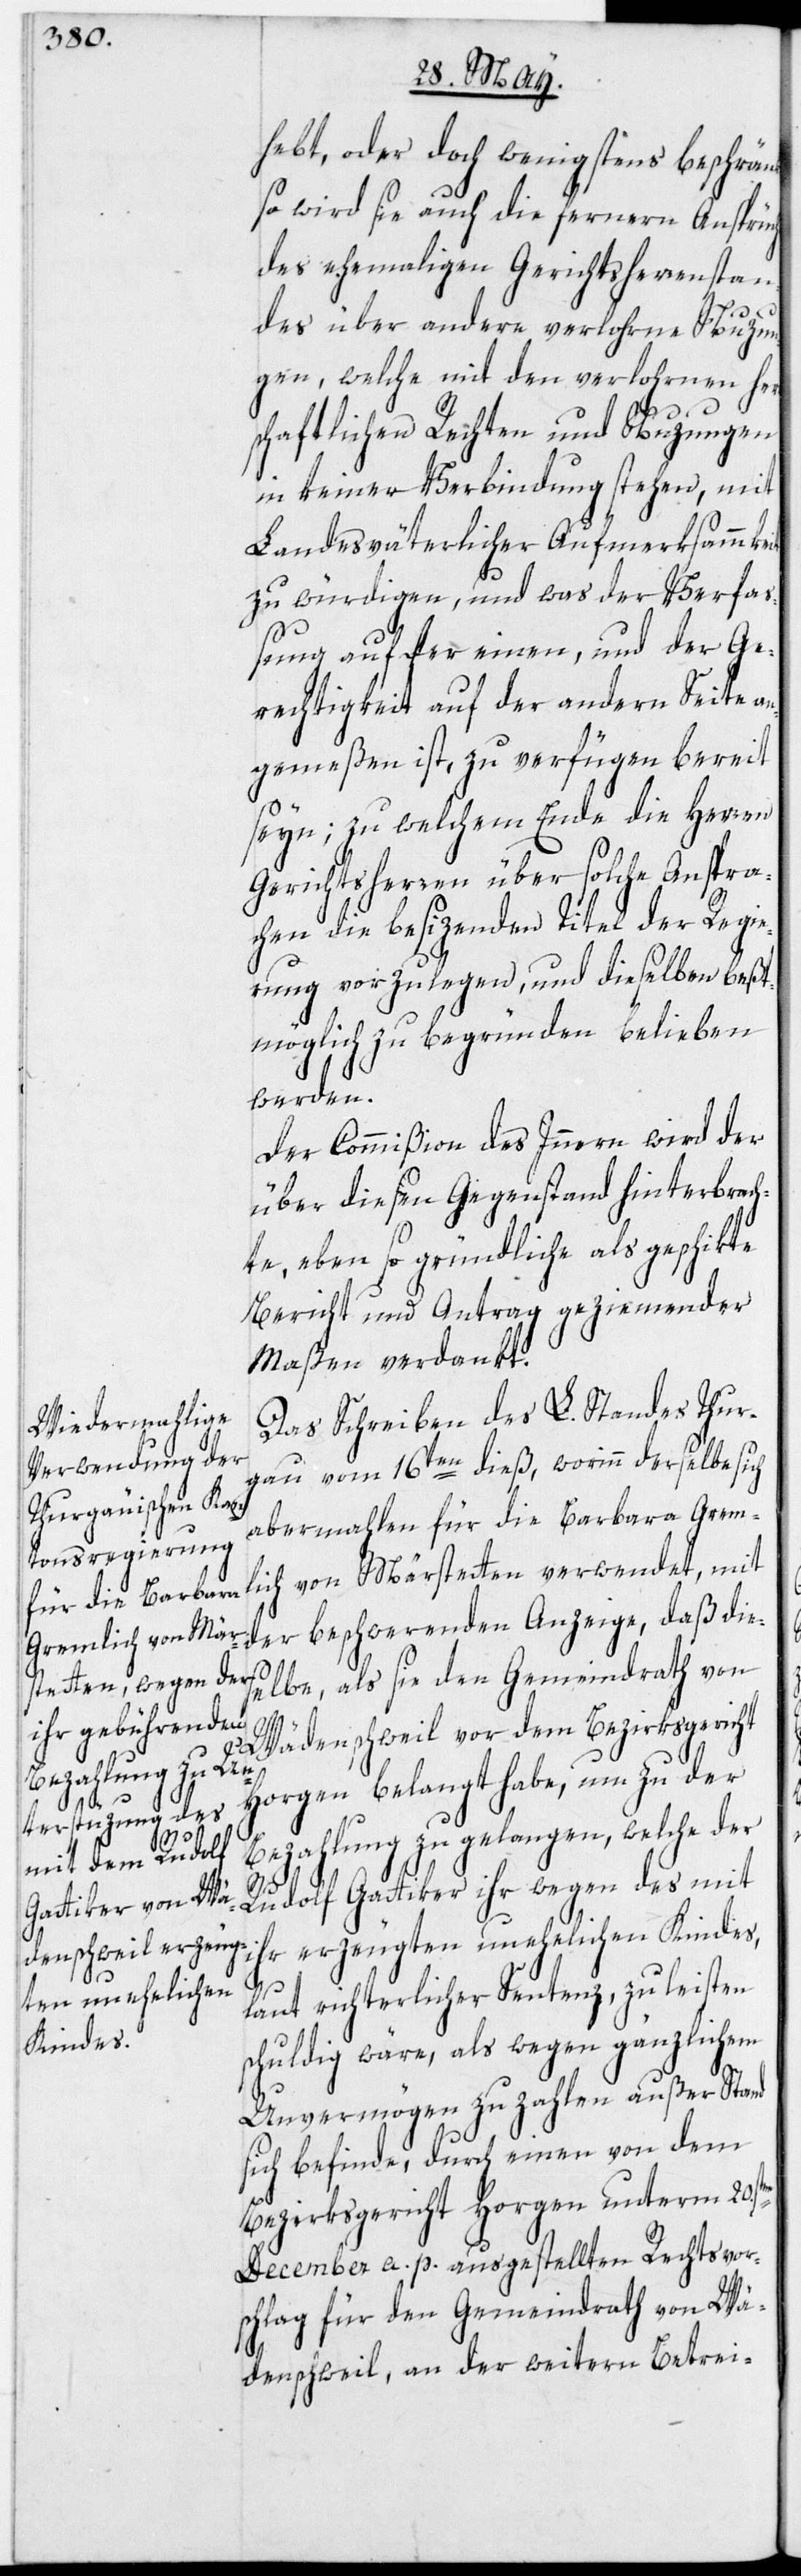
hebt, oder doch wenigstens beschrän¬
so wird sie auch die fernern Ansprüc¬
des ehemaligen Gerichtsherrenstan¬
des über andere verlohrne Nuzun¬
gen, welche mit den verlohrnen her¬
schaftlichen Rechten und Nuzungen
in keiner Verbindung stehen, mit
Landesväterlicher Aufmerksammkeit
zu würdigen, und was der Verfa¬
ßung auf der einen, und der Ge¬
rechtigkeit auf der andern Seite an¬
gemeßen ist, zu verfügen bereit
seyn; zu welchem Ende die Herren
Gerichtsherren über solche Anspra¬
chen die besizenden Titel der Regie¬
rung vorzulegen, und dieselben beßt¬
möglich zu begründen belieben
werden.
Der Commißion des Innern wird der
über diesen Gegenstand hinterbrach¬
te, eben so gründliche als geschikte
Bericht und Antrag geziemender
Maßen verdankt.
Das Schreiben des L. Standes Thur¬
gau vom 16ten dieß, worinn derselbe sich
abermahlen für die Barbara Grem¬
lich von Märstetten verwendet, mit
der beschwerenden Anzeige, daß die¬
selbe, als sie den Gemeindrath von
Wädenschweil vor dem Bezirksgericht
Horgen belangt habe, um zu der
Bezahlung zu gelangen, welche der
kt,
Rudolf Gattiker ihr wegen des mit
ihr erzeugten unehelichen Kindes,
en
laut richterlicher Sentenz, zu leisten
schuldig wäre, als wegen gänzlichem
Unvermögen zu zahlen außer Stand
sich befinde, durch einen von dem
Bezirksgericht Horgen unterm 20.st¬
December a. p. ausgestellten Rechtsvor¬
schlag für den Gemeindrath von Wä¬
denschweil, an der weitern Betrei-